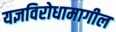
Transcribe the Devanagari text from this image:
यज्ञविरोधामागील